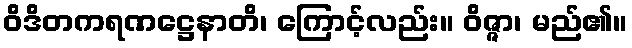
ဝိဒိတကရဏဋ္ဌေနာတိ၊ ကြောင့်လည်း။ ဝိဇ္ဇာ၊ မည်၏။